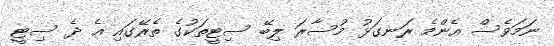
ނަމަވެސް އެންމެ ރަނގަޅު މުސާރަ ލިބޭ ސިޓީތަކުގެ ތެރޭގައި އެ ދެ ސިޓީ